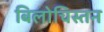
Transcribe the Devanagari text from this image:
बिलोचिस्तन